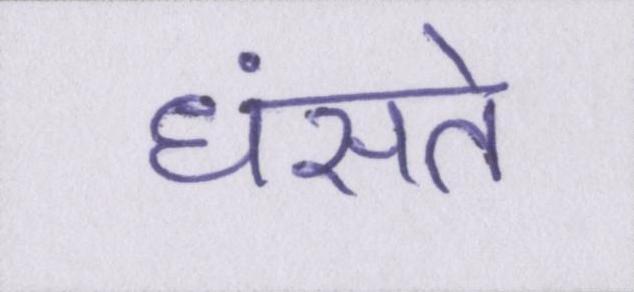
धंसते